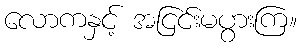
လောကနှင့် အငြင်းမပွားကြ။